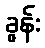
ခွန်း